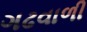
ગઢવાળી